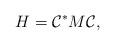
LaTeX: \begin{align*} H = \mathcal{C}^* M \mathcal{C},\end{align*}